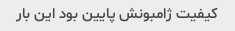
کیفیت ژامبونش پایین بود این بار